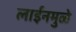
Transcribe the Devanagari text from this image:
लाईनमुळे